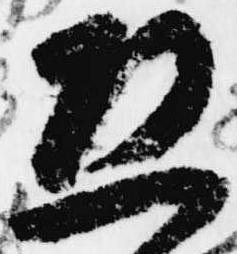
恐